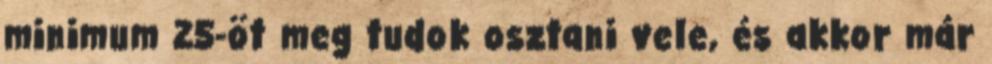
minimum 25-öt meg tudok osztani vele, és akkor már